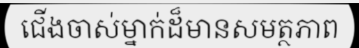
ជើងចាស់ម្នាក់ដ៏មានសមត្ថភាព